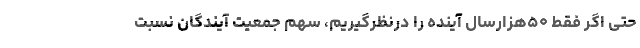
حتی اگر فقط ۵۰هزارسال آینده را درنظرگیریم، سهم جمعیت آیندگان نسبت